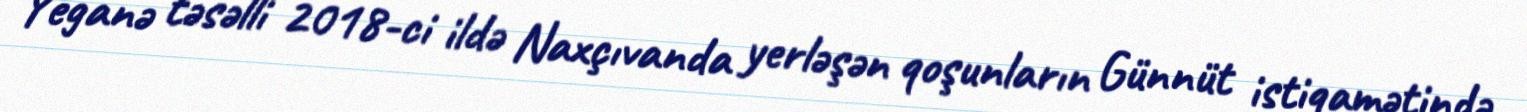
Yeganə təsəlli 2018-ci ildə Naxçıvanda yerləşən qoşunların Günnüt istiqamətində